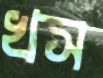
খস